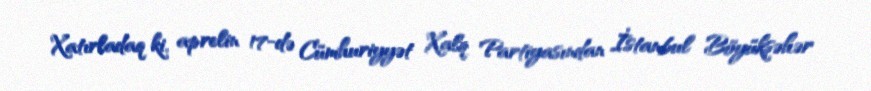
Xatırladaq ki, aprelin 17-də Cümhuriyyət Xalq Partiyasından İstanbul Böyükşəhər